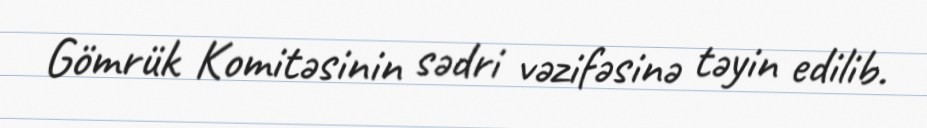
Gömrük Komitəsinin sədri vəzifəsinə təyin edilib.